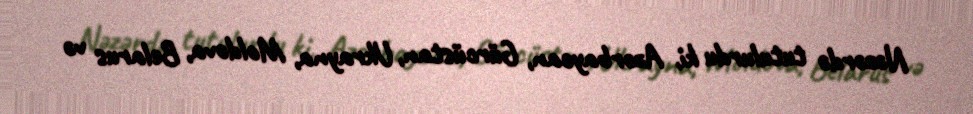
Nəzərdə tutulurdu ki, Azərbaycan, Gürcüstan, Ukrayna, Moldova, Belarus və